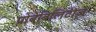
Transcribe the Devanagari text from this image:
प्रोबेबिलिटीज़